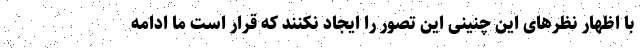
با اظهار نظرهای این چنینی این تصور را ایجاد نکنند که قرار است ما ادامه